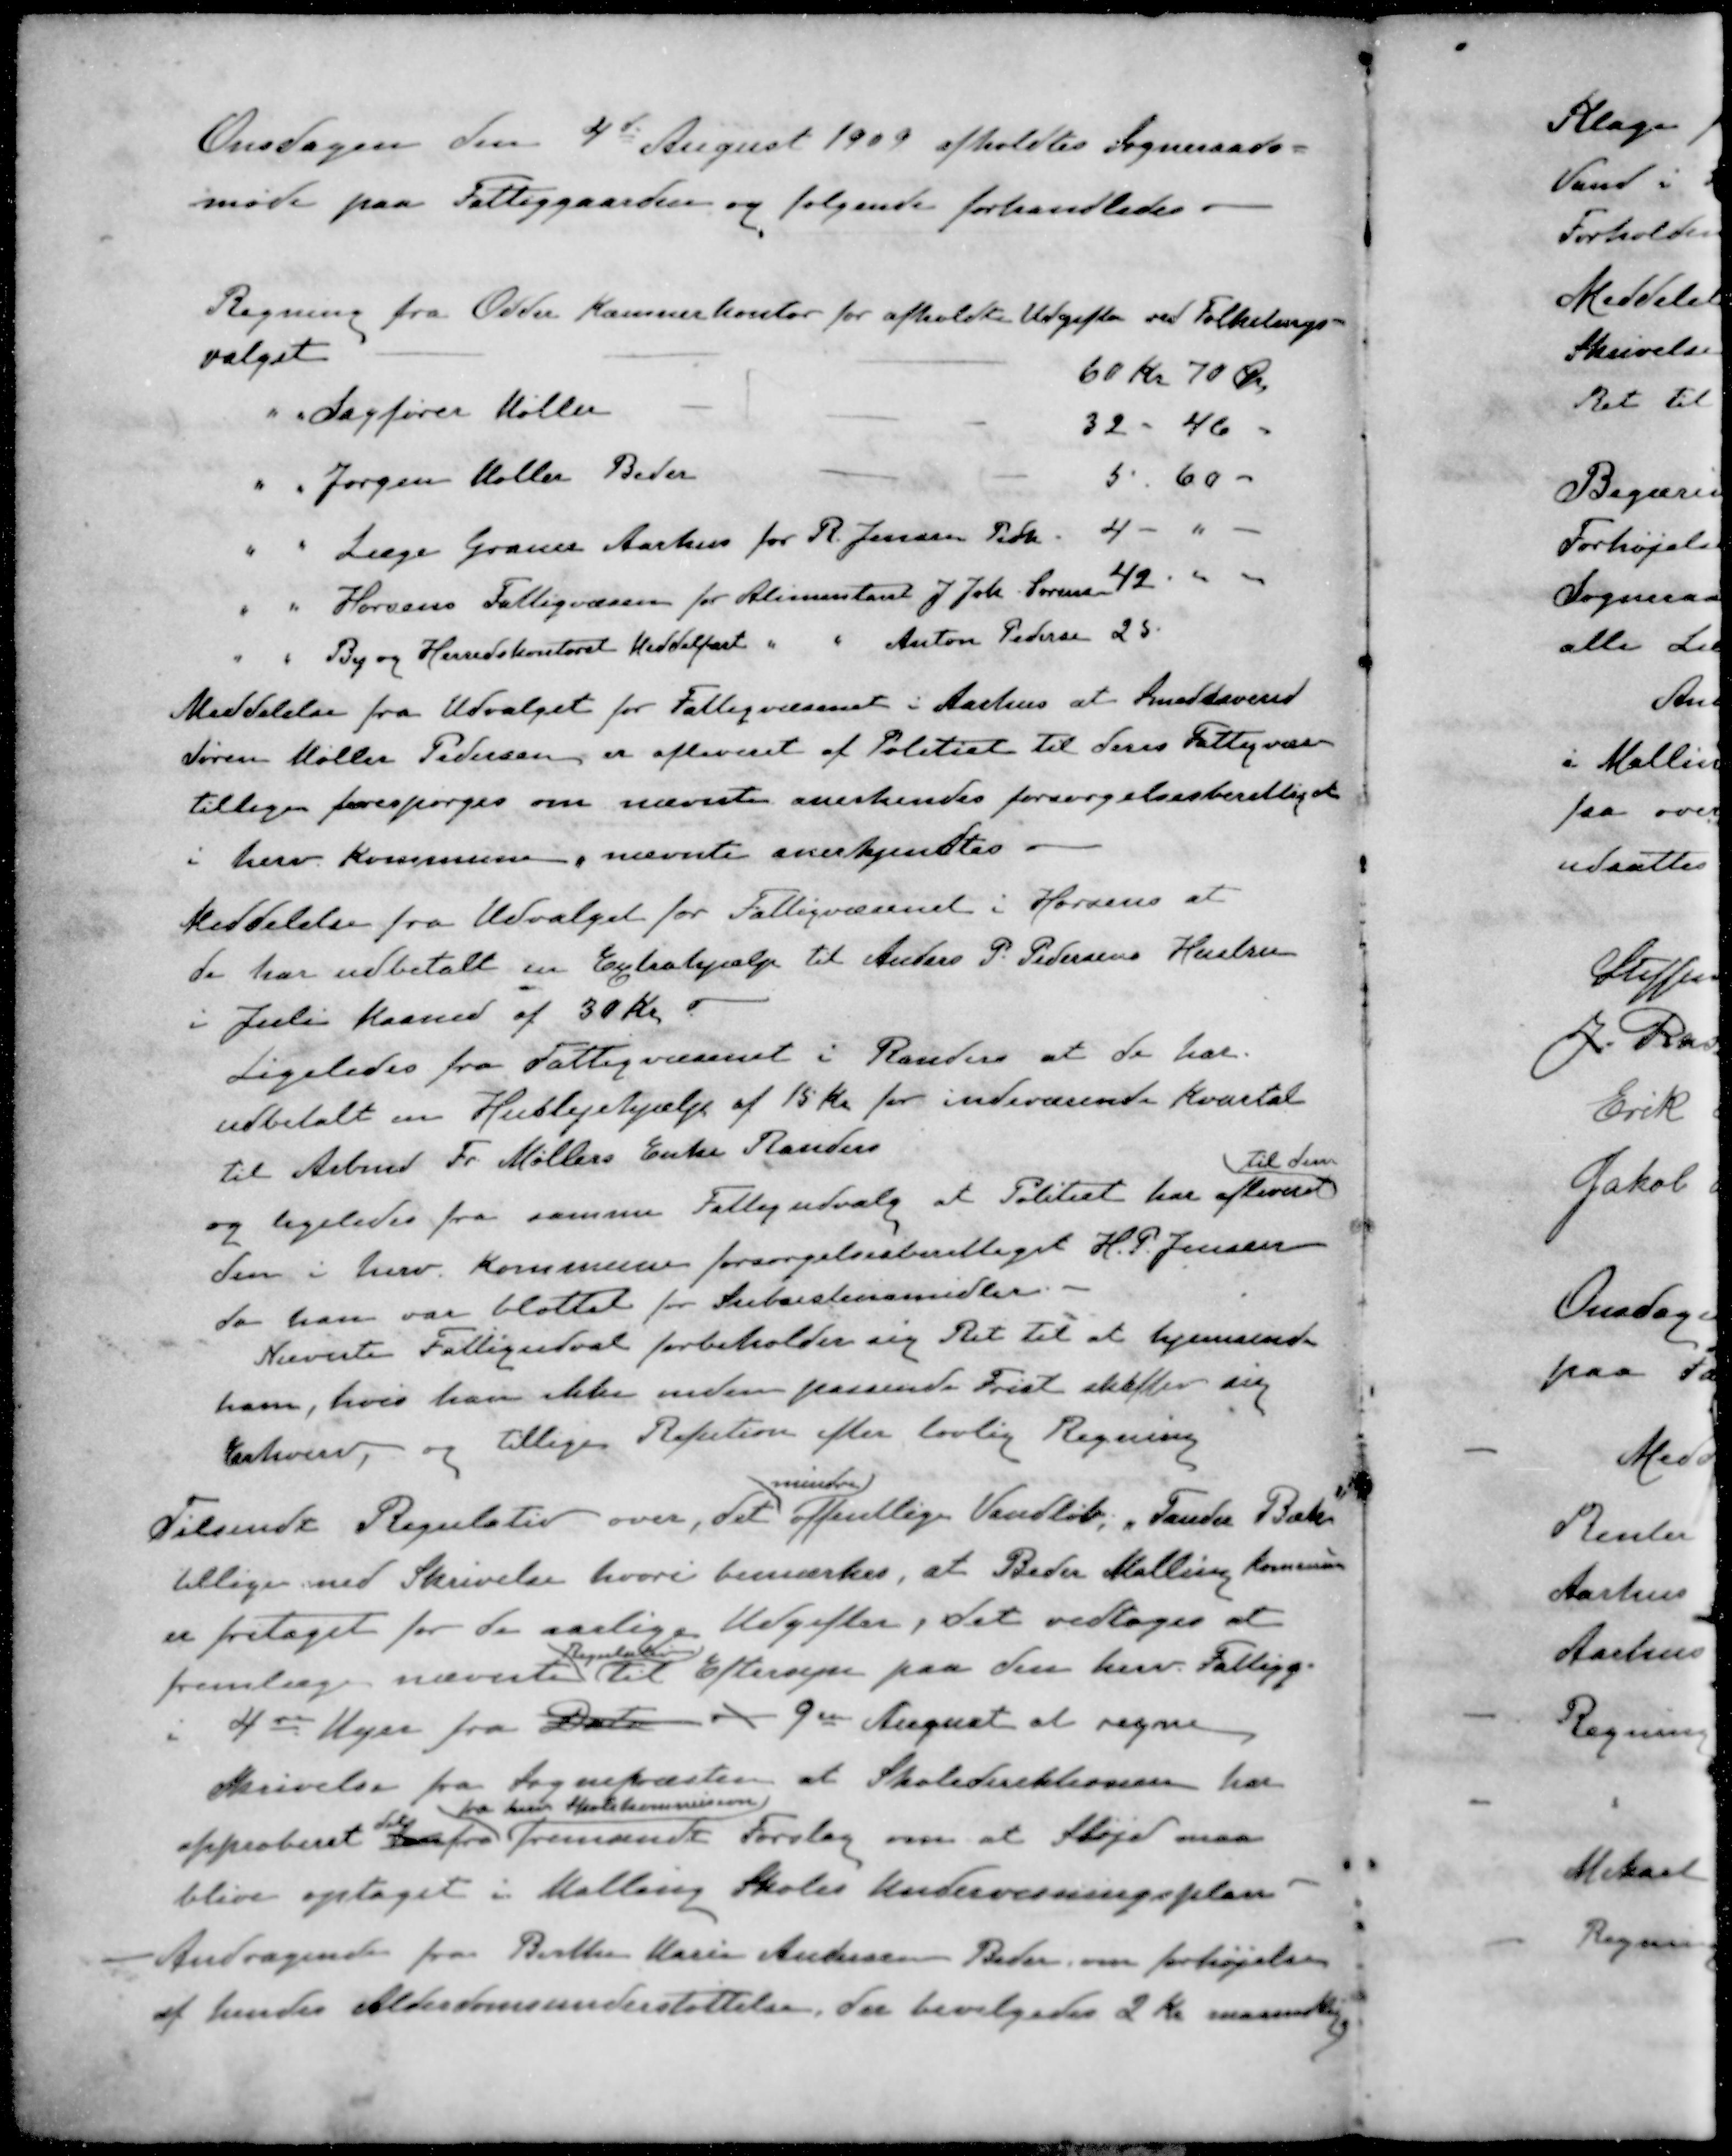
Transskription:
Onsdagen den 4de August 1909 afholdtes Sogneraads-
møde paa Fattiggaarden og følgende forhandledes.
Regning fra Odder Kæmnerkontor for afholdte Udgifter ved Folketings-
valget
60 Kr 70 Øre
" " Sagfører Møller
32 - 46 -
" " Jørgen Møller Beder
5 . 60 -
" " Læge Grauer Aarhus for R. Jensen Pedh
4 - " -
" " Horsens Fattigvæsen for Alimentant J. Joh. Sørensen
42 - 00 "
" " By og Herredskontoret Middelfart " " Anton Pedersen
25
Meddelelse fra Udvalget for Fattigvæsenet i Aarhus at Smedesvend
Søren Møller Pedersen, er afleveret af Politiet til dens Fattigvæse
tillige forespørges om nævnte anerkendes forsørgelsesberettiget
i herv Kommune, nævnte anerkjendtes
Meddelelse fra Udvalget for Fattigvæsenet i Horsens at
de har udbetalt en Extrahjælp til Anders P. Pedersens Hustru
i Juli Maaned af 30 Kr.
Ligeledes fra Fattigvæsenet i Randers at de har
udbetalt en Huslejehjælp af 15 Kr for indeværende Kvartal
til Arbmd Fr. Møllers Enke Randers
Til den
og ligeledes fra samme Fattigudvalg at Politiet har afleveret
den i herv. Kommune forsørgelsesberettiget H. P. Jensen
da han var blottet for Subsistensmidler.
Nævnte Fattigudval forbeholder sig Ret til at hjemsende
ham, hvis han ikke inden passende Frist skafter sig
Erhverv, og tillige Refution efter lovlig Regning
mindre
Tilsendt Regulativ over, det offentlige Vandløb, "Tander Bæk"
tillige med Skrivelse hvori bemærkes, at Beder Malling Kommune
er fritaget for de aarlige Udgifter, det vedtoges at
Regulativ
fremlæge nævnte Til Eftersyn paa den herv. Fattigg.
i 4te Uger fra Dato - 9de August at regne
Skrivelse fra Sognepræsten at Skoledirektionen har
fra herv Skolekommision
approberet det fra fremsendt Forslag om at Sløjd maa
blive optaget i Malling Skoles Undervisningsplan
Andragende fra Birthe Marie Andersen Beder om forhøjelse
af hendes Alderdomsunderstøttelse, der bevilgedes 2 Kr maanedlig